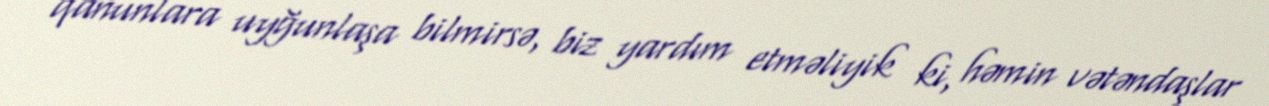
qanunlara uyğunlaşa bilmirsə, biz yardım etməliyik ki, həmin vətəndaşlar